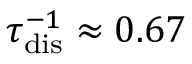
\tau _ { \mathrm { { d i s } } } ^ { - 1 } \approx 0 . 6 7